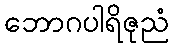
ဘောဂပါရိဇုညံ